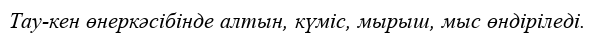
Тау-кен өнеркәсібінде алтын, күміс, мырыш, мыс өндіріледі.